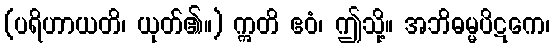
(ပရိဟာယတိ၊ ယုတ်၏။) ဣတိ ဧဝံ၊ ဤသို့။ အဘိဓမ္မပိဋကေ၊